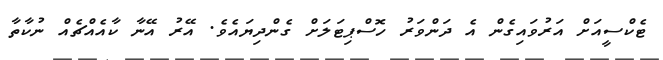
ޓެކްސީއަށް އަރުވައިގެން އެ ދަންވަރު ހޮސްޕިޓަލަށް ގެންދިޔައެވެ. އޭރު އޭނާ ކާއެއްޗެއް ނުކާތާ